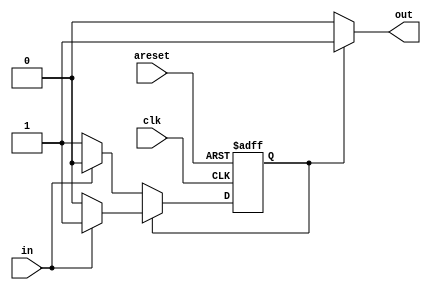
//This is a Moore state machine with two states, one input, and one output. 
//Implement this state machine. Notice that the reset state is B.

//This exercise is the same as fsm1s, but using asynchronous reset.

//Hint...
//Yes, there are ways to do this other than writing an FSM. But that wasn't the point of this exercise.
//Hint...
//This is a TFF with the T input inverted.

module top_module(
    input clk,
    input areset,    // Asynchronous reset to state B
    input in,
    output out);//  

    parameter A=0, B=1; 
    reg state, next_state;

    always @(*) begin    // This is a combinational always block
        // State transition logic
        if (state == B) begin
            next_state = (in == 0) ? A : B;
        end
        else begin
            next_state = (in == 0) ? B : A;
        end
    end

    always @(posedge clk, posedge areset) begin    // This is a sequential always block
        // State flip-flops with asynchronous reset
        if (areset) begin
            state <= B;
        end
        else begin
            state <= next_state;
        end
    end

    // Output logic
    assign out = (state == B) ? 1 : 0;

endmodule